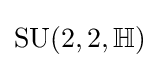
{\text{SU}}(2,2,\mathbb {H} )